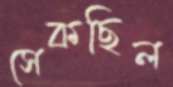
সেকছিল